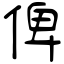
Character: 俾